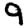
Digit: 9